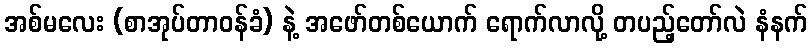
အစ်မလေး (စာအုပ်တာဝန်ခံ) နဲ့ အဖော်တစ်ယောက် ရောက်လာလို့ တပည့်တော်လဲ နံနက်